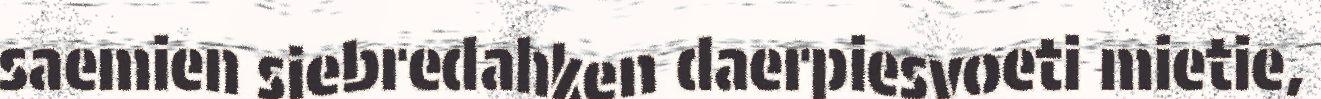
saemien siebredahken daerpiesvoeti mietie,